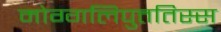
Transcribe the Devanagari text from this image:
मोग्गलिपुत्ततिस्स